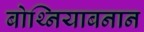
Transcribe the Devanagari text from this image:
बोथ्नियाबनान